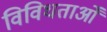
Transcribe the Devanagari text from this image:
विविधताओँ